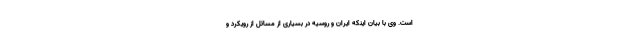
است. وی با بیان اینکه ایران و روسیه در بسیاری از مسائل از رویکرد و